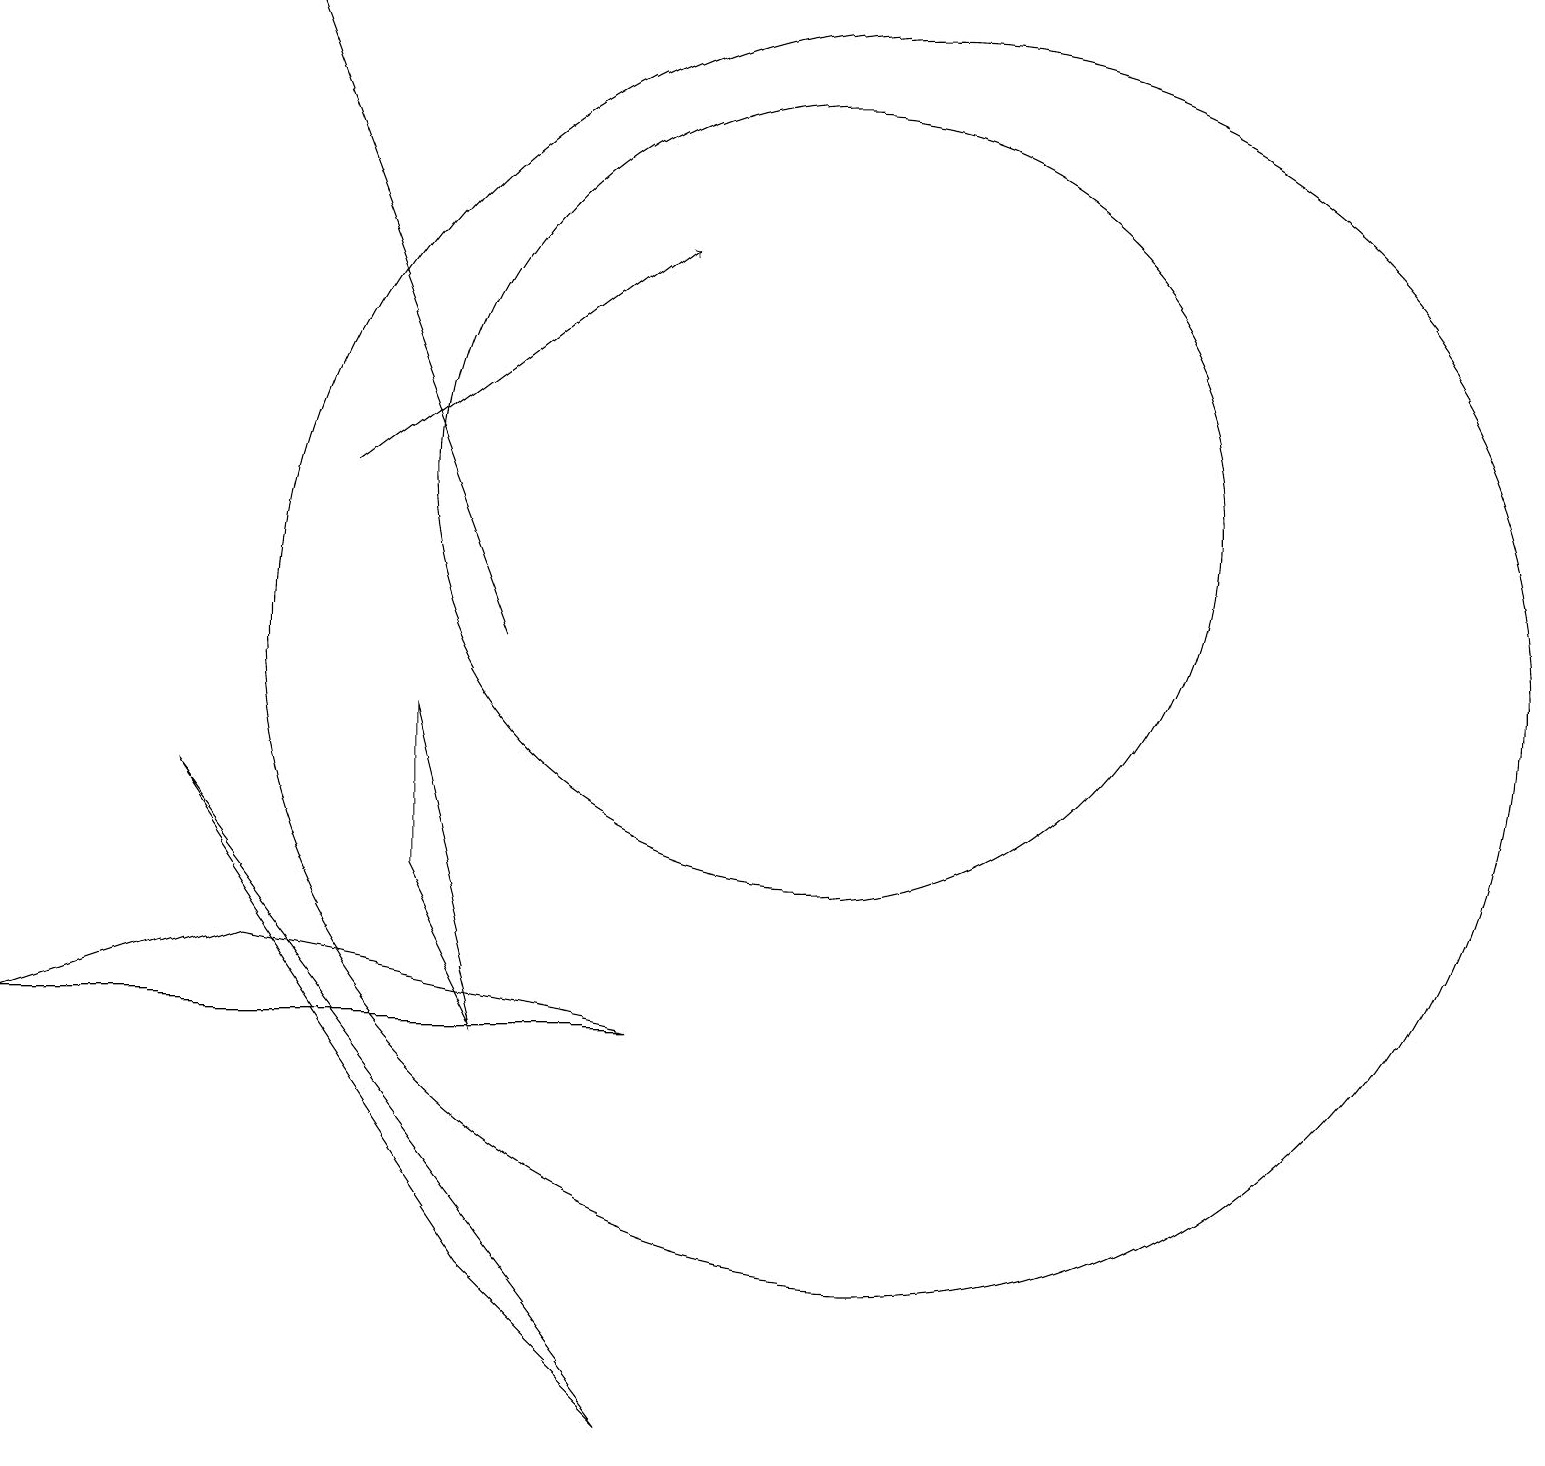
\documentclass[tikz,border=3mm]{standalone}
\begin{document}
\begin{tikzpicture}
\draw (2,8) -- (8,0) -- (6,2) -- cycle;
\draw (5,9) -- (6,5) -- (5,7) -- cycle;
\draw[->] (4,12) -- (8,15);
\draw[->] (6,10) -- (3,18);
\draw (3,6) -- (0,5) -- (8,5) -- cycle;
\draw (10,12) circle (5);
\draw (11,10) circle (8);
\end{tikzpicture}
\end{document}